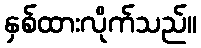
နှစ်ထားလိုက်သည်။